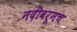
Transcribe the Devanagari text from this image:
नदीवरूनच